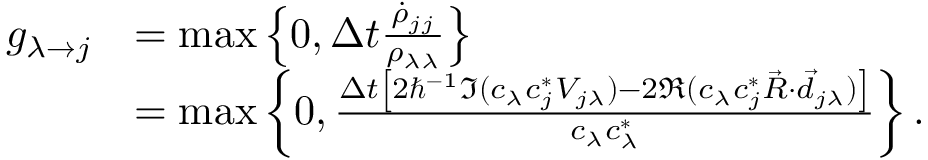
\begin{array} { r l } { g _ { \lambda \rightarrow j } } & { = \operatorname* { m a x } \left\{ 0 , \Delta t \frac { \dot { \rho } _ { j j } } { \rho _ { \lambda \lambda } } \right\} } \\ & { = \operatorname* { m a x } \left\{ 0 , \frac { \Delta t \left[ 2 \hbar ^ { - 1 } \Im ( c _ { \lambda } c _ { j } ^ { * } V _ { j \lambda } ) - 2 \Re ( c _ { \lambda } c _ { j } ^ { * } \vec { R } \cdot \vec { d } _ { j \lambda } ) \right] } { c _ { \lambda } c _ { \lambda } ^ { * } } \right\} . } \end{array}